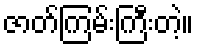
ဇာတ်ကြမ်းကြီးတဲ့။